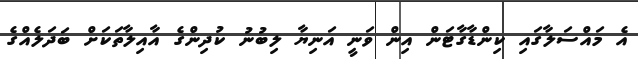
އެ މައްސަލާގައި ކިންޑާގާޓަން އިން ވަނީ އަނިޔާ ލިބުނު ކުދިންގެ އާއިލާތަކަށް ބަދަލެއްގެ